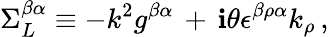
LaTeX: \Sigma_{L}^{\beta\alpha}\equiv-k^{2}g^{\beta\alpha}\, +\, \mathbf{i}\theta\epsilon^{\beta\rho\alpha}k_{\rho}\, ,